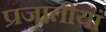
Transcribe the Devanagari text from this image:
प्रजातीयां